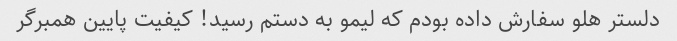
دلستر هلو سفارش داده بودم که لیمو به دستم رسید! کیفیت پایین همبرگر